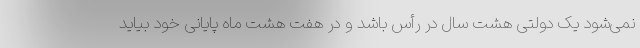
نمی‌شود یک دولتی هشت سال در رأس باشد و در هفت هشت ماه پایانی خود بیاید